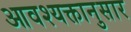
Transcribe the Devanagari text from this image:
आवश्यक्तानुसार